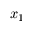
x _ { 1 }